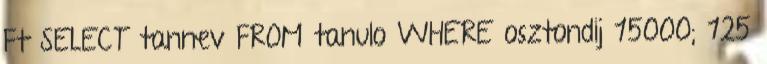
Ft SELECT tannev FROM tanulo WHERE osztondij 15000; 125